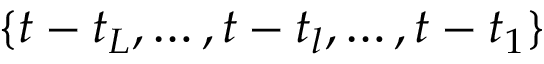
\{ t - t _ { L } , \dots , t - t _ { l } , \dots , t - t _ { 1 } \}